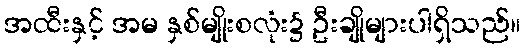
အထီးနှင့် အမ နှစ်မျိုးစလုံး၌ ဦးချိုများပါရှိသည်။